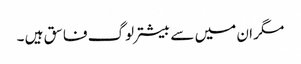
مگر ان میں سے بیشتر لوگ فاسق ہیں ۔